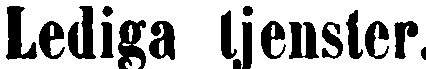
Lediga tjenster.